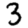
Digit: 3